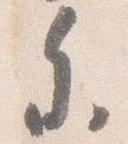
参